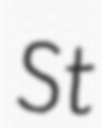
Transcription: St